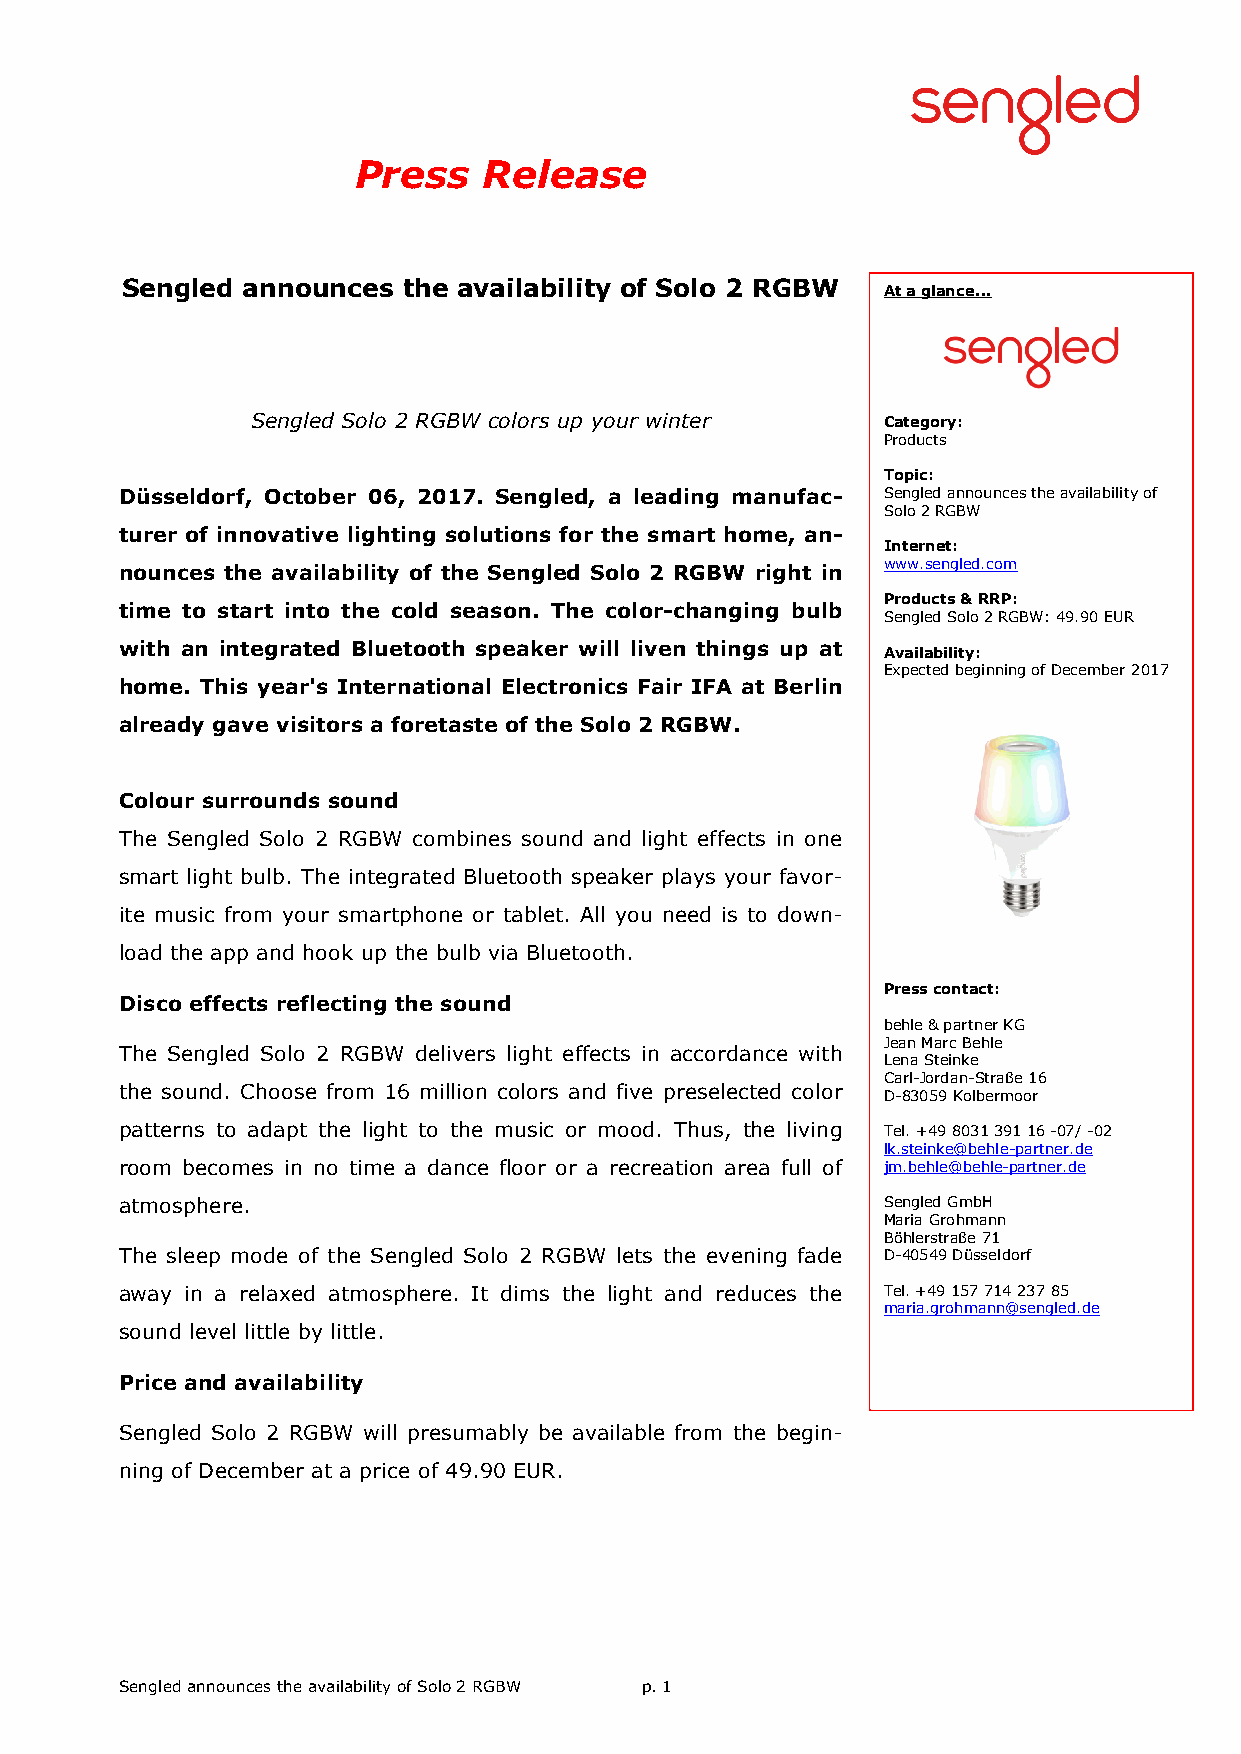
Press    Release
 Sengled announces  the availability of Solo 2 RGBW
 At a glance...
 Sengled Solo 2 RGBW colors up your winter Category:
 Products
 Topic:
 Düsseldorf, October 06, 2017. Sengled, a leading manufac- Sengled announces the availability of
 Solo 2 RGBW
 turer of innovative lighting solutions for the smart home, an-
 Internet:
 www.sengled.com
 nounces the availability of the Sengled Solo 2 RGBW right in
 Products & RRP:
 time to start into the cold season. The color-changing bulb
 Sengled Solo 2 RGBW: 49.90 EUR
 with an integrated Bluetooth speaker will liven things up at Availability:
 Expected beginning of December 2017
 home. This year's International Electronics Fair IFA at Berlin
 already gave visitors a foretaste of the Solo 2 RGBW.
 Colour surrounds sound
 The Sengled Solo 2 RGBW combines sound and light effects in one
 smart light bulb. The integrated Bluetooth speaker plays your favor-
 ite music from your smartphone or tablet. All you need is to down-
 load the app and hook up the bulb via Bluetooth.
 Press contact:
 Disco effects reflecting the sound
 behle & partner KG
 Jean Marc Behle
 The Sengled Solo 2 RGBW delivers light effects in accordance with
 Lena Steinke
 Carl-Jordan-Straße 16
 the sound. Choose from 16 million colors and five preselected color D-83059 Kolbermoor
 patterns to adapt the light to the music or mood. Thus, the living Tel. +49 8031 391 16 -07/ -02
 lk.steinke@behle-partner.de
 room becomes in no time a dance floor or a recreation area full of jm.behle@behle-partner.de
 atmosphere.                                        Sengled GmbH
 Maria Grohmann
 Böhlerstraße 71
 The sleep mode of the Sengled Solo 2 RGBW lets the evening fade D-40549 Düsseldorf
 away in a relaxed atmosphere. It dims the light and reduces the Tel. +49 157 714 237 85
 maria.grohmann@sengled.de
 sound level little by little.
 Price and availability
 Sengled Solo 2 RGBW will presumably be available from the begin-
 ning of December at a price of 49.90 EUR.
 Sengled announces the availability of Solo 2 RGBW p. 1